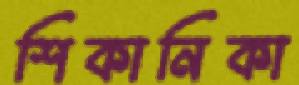
শিকানিকা